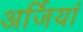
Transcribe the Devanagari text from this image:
अर्जियां